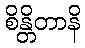
စိန္တိတာနိ